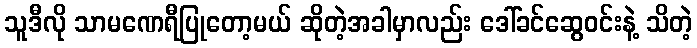
သူဒီလို သာမဏေရီပြုတော့မယ် ဆိုတဲ့အခါမှာလည်း ဒေါ်ခင်ဆွေဝင်းနဲ့ သိတဲ့